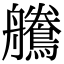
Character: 𪅻